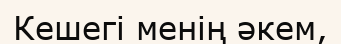
Кешегі менің әкем,